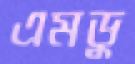
এমডু